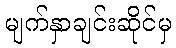
မျက်နှာချင်းဆိုင်မှ